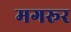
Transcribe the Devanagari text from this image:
मगरूर